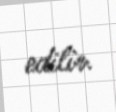
edilir.